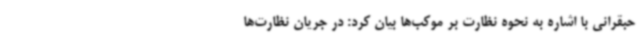
حبقرانی با اشاره به نحوه نظارت بر موکب‌ها بیان کرد: در جریان نظارت‌ها